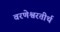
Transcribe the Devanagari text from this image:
वरणेश्वरतीर्थ